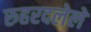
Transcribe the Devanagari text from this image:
रुहरदलेले